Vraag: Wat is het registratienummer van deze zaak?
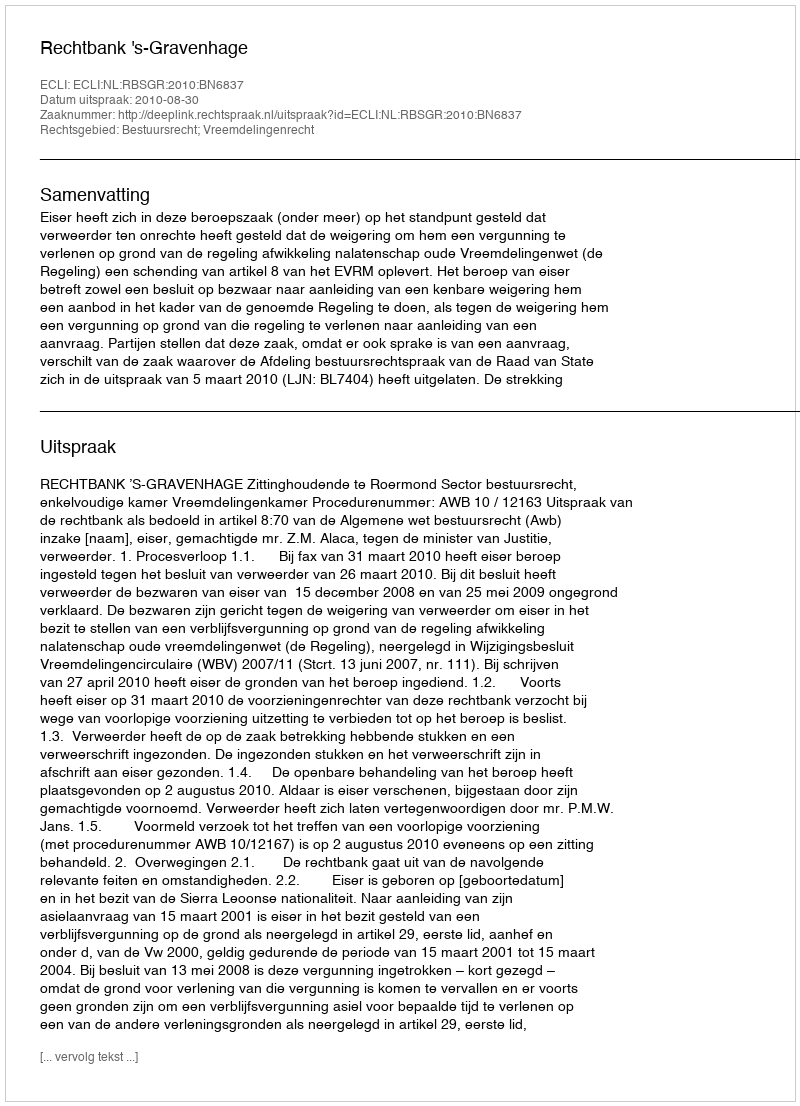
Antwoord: http://deeplink.rechtspraak.nl/uitspraak?id=ECLI:NL:RBSGR:2010:BN6837